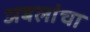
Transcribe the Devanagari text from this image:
अबलांचा